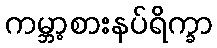
ကမ္ဘာ့စားနပ်ရိက္ခာ